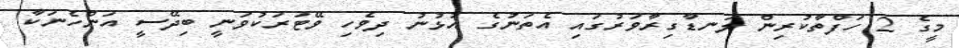
މީގެ 2 ހަފްތާކުރިން ލަނޑާގިރާވަރުގައި އެތަނުގެ އުޅުނު ދިވެހި ވޭޓަރަކުވަނީ ބިދޭސީ އަންހެނަކާ